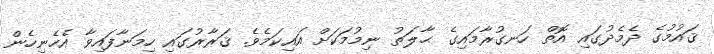
ޤައުމުގެ ދެމެދުގައި އޮތް ހަނގުރާމައިގެ ޙާލަތު ނިމުމަކަށް އައިކަމެވެ. ޤަރާރުގައި ހިމަނާފައިވާ އެހެނިހެން